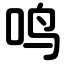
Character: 鸣